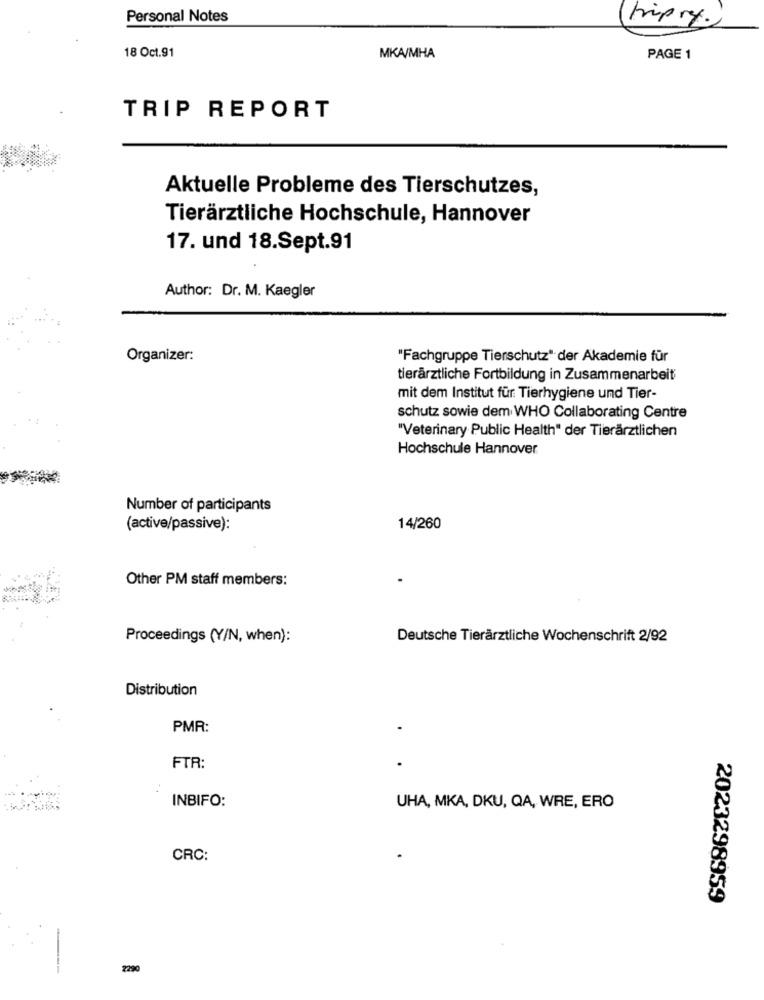
Personal Notes
tripry.
18 Oct.91
MKA/MHA
PAGE 1
TRIP REPORT
Aktuelle Probleme des Tierschutzes,
Tierärztliche Hochschule, Hannover
17. und 18.Sept.91
Author: Dr. M. Kaegler
Organizer:
"Fachgruppe Tierschutz" der Akademie für
tierärztliche Fortbildung in Zusammenarbeit
mit dem Institut für Tierhygiene und Tier-
schutz sowie dem WHO Collaborating Centre
"Veterinary Public Health" der Tierärztlichen
Hochschule Hannover
Number of participants
(active/passive):
14/260
Other PM staff members:
Proceedings (Y/N, when):
Deutsche Tierärztliche Wochenschrift 2/92
Distribution
PMR:
FTR:
INBIFO:
UHA, MKA, DKU, QA, WRE, ERO
CRC:
2023298959
2290